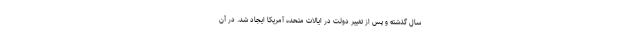
سال گذشته و پس از تغییر دولت در ایالات متحده آمریکا ایجاد شد. در آن